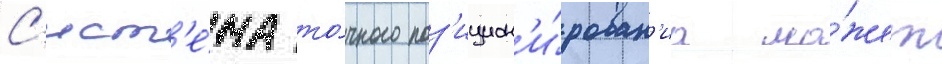
С'ист'е́ма то́чного поз'ицион'и́рован'иа мо́жет